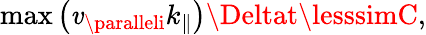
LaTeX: \operatorname*{max}\left(\mathit{v}_{\paralleli}k_{\parallel}\right)\Deltat\lesssimC,